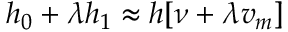
h _ { 0 } + \lambda h _ { 1 } \approx h [ \nu + \lambda v _ { m } ]